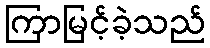
ကြာမြင့်ခဲ့သည်